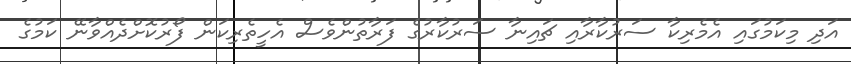
އަދި މިކަމުގައި އެމެރިކާ ސަރުކާރާއި ޗައިނާ ސަރުކާރުގެ ފަރާތުންވެސް އެހީތެރިކަން ފޯރުކޮށްދެއްވާނޭ ކަމުގެ